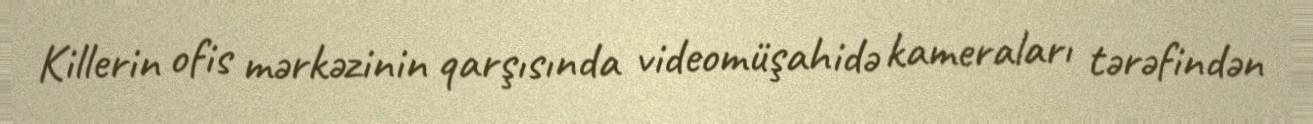
Killerin ofis mərkəzinin qarşısında videomüşahidə kameraları tərəfindən